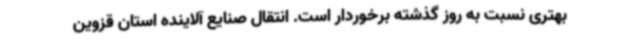
بهتری نسبت به روز گذشته برخوردار است. انتقال صنایع آلاینده استان قزوین